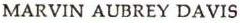
MARVIN AUBREY DAVIS